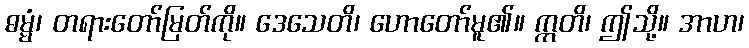
ဓမ္မံ၊ တရားတော်မြတ်ကို။ ဒေသေတိ၊ ဟောတော်မူ၏။ ဣတိ၊ ဤသို့။ အာဟ၊